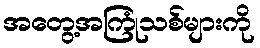
အတွေ့အကြုံသစ်များကို